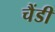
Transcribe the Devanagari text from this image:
चैंडी